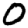
Digit: 0